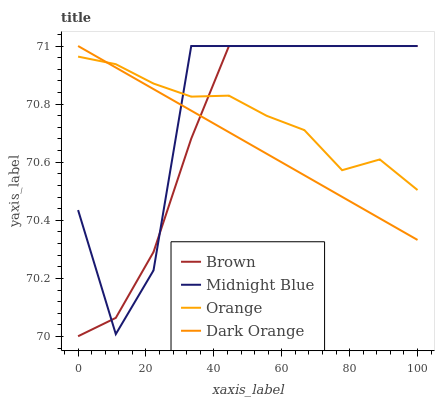
| xaxis_label | Brown | Midnight Blue | Orange | Dark Orange |
 | --- | --- | --- | --- | --- |
 | 0 | 70 | 70.4 | 71 | 71 |
 | 11.1 | 70.1 | 70 | 70.9 | 70.9 |
 | 22.2 | 70.3 | 70.2 | 70.9 | 70.9 |
 | 33.3 | 70.7 | 71 | 70.8 | 70.8 |
 | 44.4 | 71 | 71 | 70.8 | 70.7 |
 | 55.6 | 71 | 71 | 70.8 | 70.6 |
 | 66.7 | 71 | 71 | 70.7 | 70.6 |
 | 77.8 | 71 | 71 | 70.6 | 70.5 |
 | 88.9 | 71 | 71 | 70.6 | 70.4 |
 | 100 | 71 | 71 | 70.5 | 70.3 |